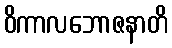
ဝိကာလဘောဇနာတိ